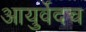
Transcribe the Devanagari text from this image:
आयुर्वेदच